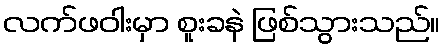
လက်ဖဝါးမှာ စူးခနဲ ဖြစ်သွားသည်။